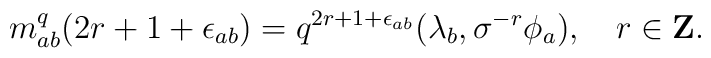
m_{ab}^q(2r+1+\epsilon_{ab})=q^{2r+1+\epsilon_{ab}}(\lambda_b , \sigma^{-r}\phi_a), \ \ \ r \in {\bf Z}.